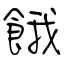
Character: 餓